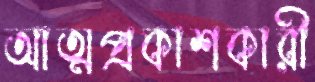
আত্মপ্রকাশকারী